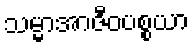
သမ္မာအာဇီဝပစ္စယာ